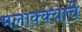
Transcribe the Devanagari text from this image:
मलाक्क्याचे